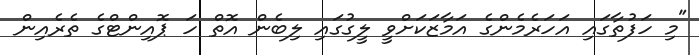
"މި ހަފުތާގައި އަހަރެމެންގެ އަމާޒަކަށްވީ ލީގުގައި ލިބެން އޮތް ހަ ޕޮއިންޓްގެ ތެރެއިން